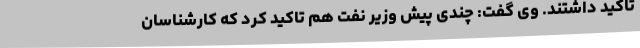
تاکید داشتند. وی گفت: چندی پیش وزیر نفت هم تاکید کرد که کارشناسان